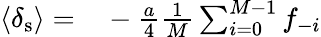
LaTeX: \begin{array}{rl}{\langle\delta_{\mathrm{s}}\rangle=}&{{}-\frac{a}{4}\frac{1}{M}\sum_{i=0}^{M-1}f_{-i}}\end{array}